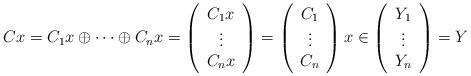
LaTeX: \begin{align*}Cx=C_{1}x\oplus\cdots\oplus C_{n}x=\left(\begin{array}{c}C_{1}x\\\vdots\\C_{n}x\end{array}\right)=\left(\begin{array}{c}C_{1}\\\vdots\\C_{n}\end{array}\right)x\in\left(\begin{array}{c}Y_{1}\\\vdots\\Y_{n}\end{array}\right)=Y\end{align*}